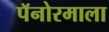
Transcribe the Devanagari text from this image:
पॅनोरमाला